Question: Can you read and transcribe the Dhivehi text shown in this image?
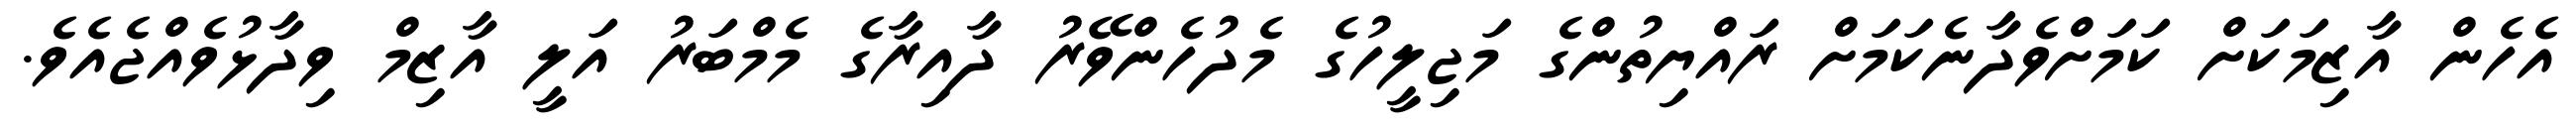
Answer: އެހެން އާޒިމަކަށް ކަމަށްވެދާނެކަމަށް ރައްޔިތުންގެ މަޖިލީހުގެ މެދުހެންވޭރު ދާއިރާގެ މެމްބަރު އަލީ އާޒިމް ވިދާޅުވެއްޖެއެވެ.